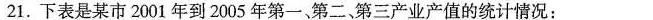
21.下表是某市2001年到2005年第一、第二、第三产业产值的统计情况：